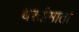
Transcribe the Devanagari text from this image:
धरतीमाता